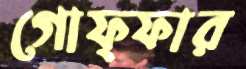
গোফ্ফার